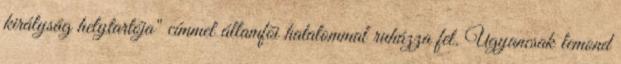
királyság helytartója" címmel államfõi hatalommal ruházza fel. Ugyancsak lemond